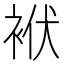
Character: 袱